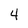
Character: 4